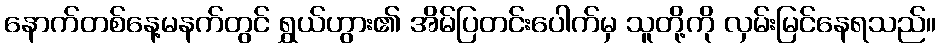
နောက်တစ်နေ့မနက်တွင် ရွှယ်ဟွား၏ အိမ်ပြတင်းပေါက်မှ သူတို့ကို လှမ်းမြင်နေရသည်။